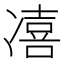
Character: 𱐌